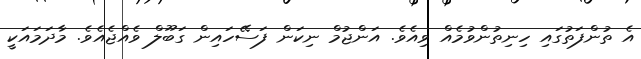
އެ ތުންފަތުގައި ހިނިތުންވުމެއް ވިއެވެ. އަންޖުމް ނިކަން ފަސޭހައިން ގަބޫލް ވެއްޖެއެވެ. މާދަމައަކީ